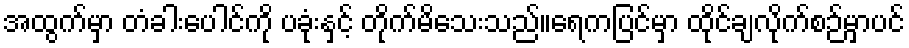
အထွက်မှာ တံခါးပေါင်ကို ပခုံးနှင့် တိုက်မိသေးသည်။ရေကပြင်မှာ ထိုင်ချလိုက်စဉ်မှာပင်